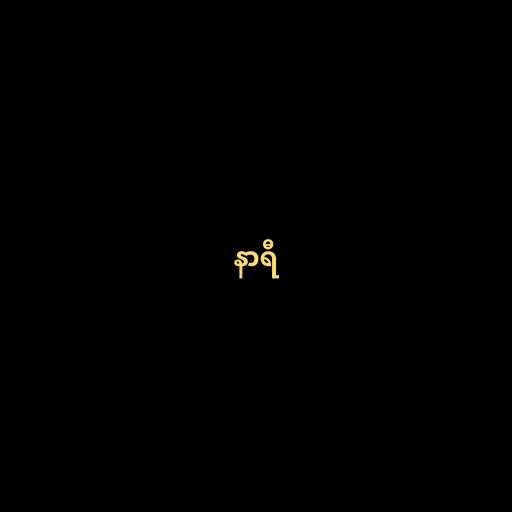
နာရီ